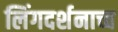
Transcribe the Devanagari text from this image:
लिंगदर्शनाच्च